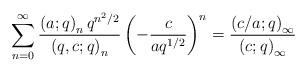
LaTeX: \begin{align*}\sum_{n=0}^{\infty}\frac{\left(a;q\right)_{n}q^{n^{2}/2}}{\left(q,c;q\right)_{n}}\left(-\frac{c}{aq^{1/2}}\right)^{n}=\frac{\left(c/a;q\right)_{\infty}}{\left(c;q\right)_{\infty}}\end{align*}